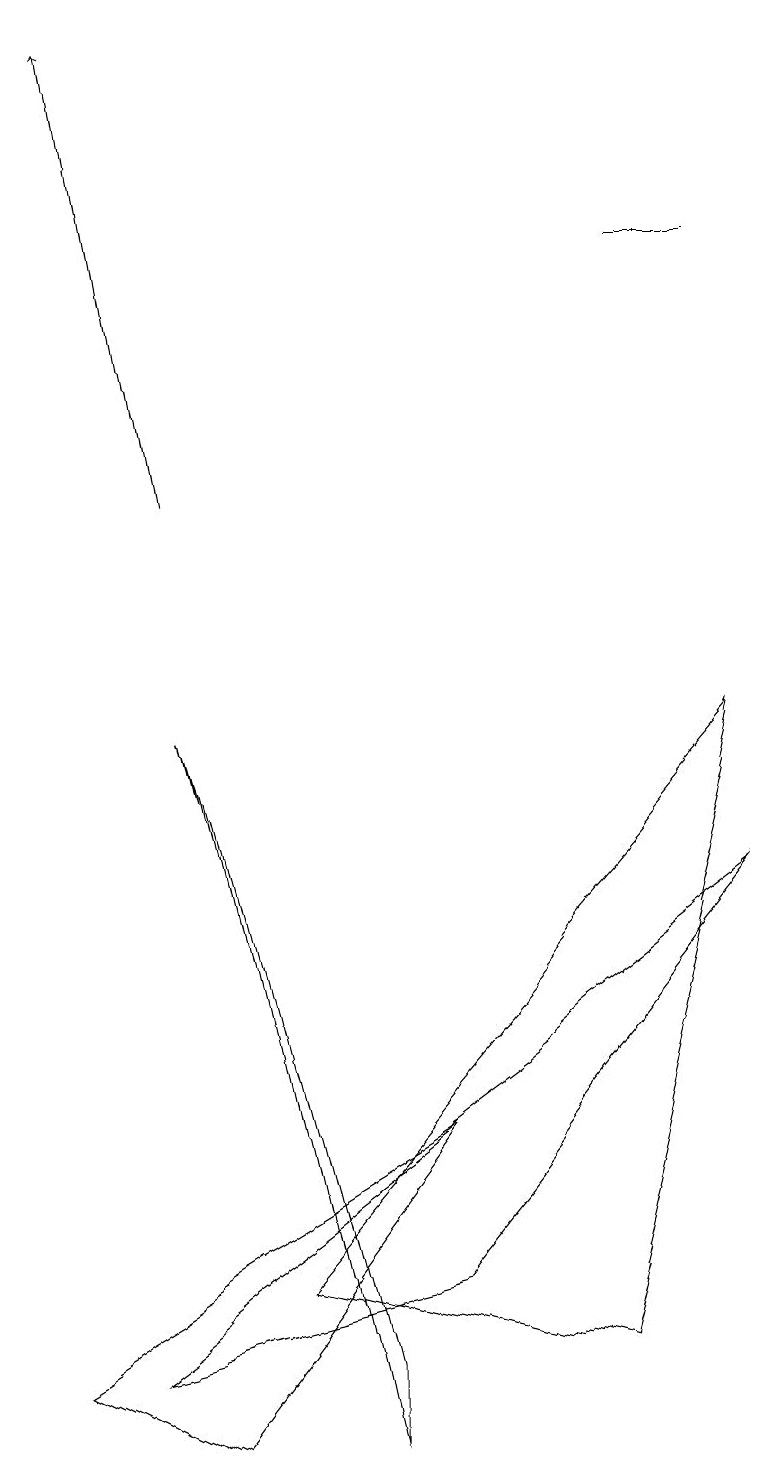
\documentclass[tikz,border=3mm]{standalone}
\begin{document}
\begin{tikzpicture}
\draw (9,15) rectangle (8,15);
\draw (3,2) -- (7,1) -- (9,9) -- cycle;
\draw (2,0) -- (5,4) -- (0,1) -- cycle;
\draw[->] (2,12) -- (1,18);
\draw (9,7) -- (5,2) -- (1,1) -- cycle;
\draw (4,1) -- (4,0) -- (2,9) -- cycle;
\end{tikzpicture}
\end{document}